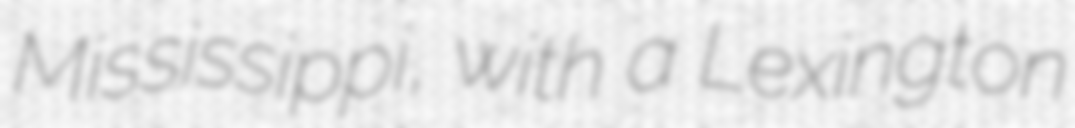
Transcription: Mississippi, with a Lexington